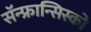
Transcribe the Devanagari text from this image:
सॅन्‍फ्रान्सिस्को